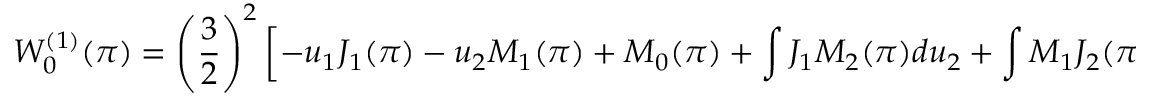
W _ { 0 } ^ { ( 1 ) } ( \pi ) = \left( \frac { 3 } { 2 } \right) ^ { 2 } \left[ - u _ { 1 } J _ { 1 } ( \pi ) - u _ { 2 } M _ { 1 } ( \pi ) + M _ { 0 } ( \pi ) + \int J _ { 1 } M _ { 2 } ( \pi ) d u _ { 2 } + \int M _ { 1 } J _ { 2 } ( \pi ) d u _ { 2 } \right] .